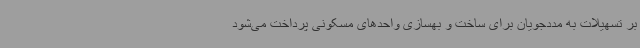
بر تسهیلات به مددجویان برای ساخت و بهسازی واحدهای مسکونی پرداخت می‌شود